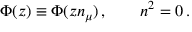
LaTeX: \Phi ( z ) \equiv \Phi ( z n _ { \mu } ) \, , \qquad n ^ { 2 } = 0 \, .